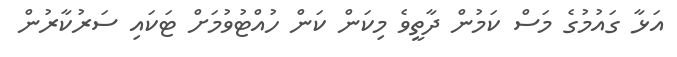
އަޅާ ގައުމުގެ މަސް ކަމުން ދާތީވެ މިކަން ކަން ހުއްޓުވުމަށް ޓަކައި ސަރުކާރުން